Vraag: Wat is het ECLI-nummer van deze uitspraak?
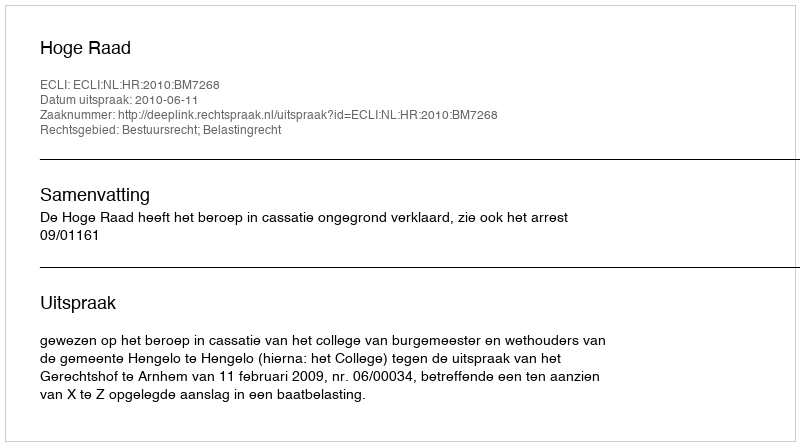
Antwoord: ECLI:NL:HR:2010:BM7268